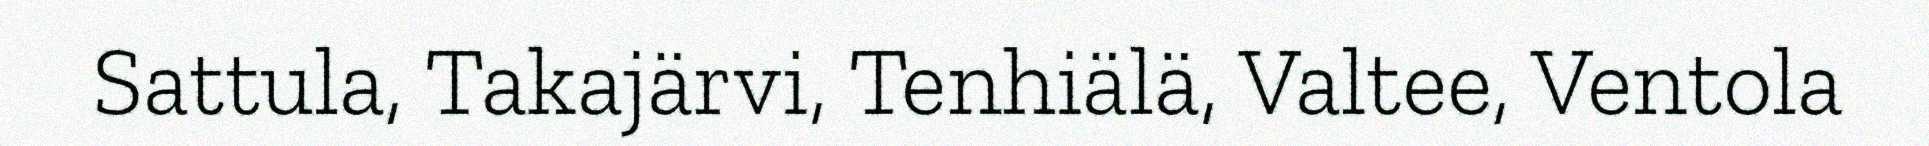
Sattula, Takajärvi, Tenhiälä, Valtee, Ventola